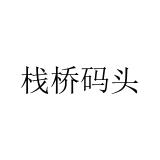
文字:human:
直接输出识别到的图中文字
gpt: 栈桥码头